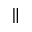
\parallel